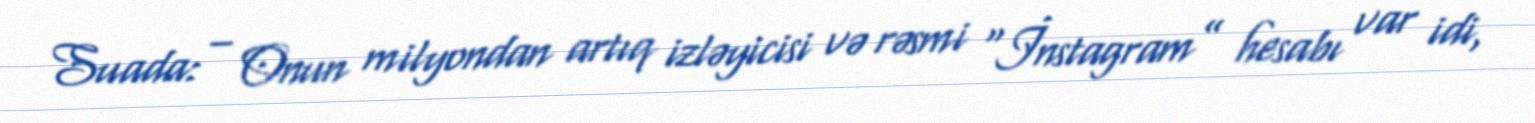
Suada: – Onun milyondan artıq izləyicisi və rəsmi “İnstagram” hesabı var idi,